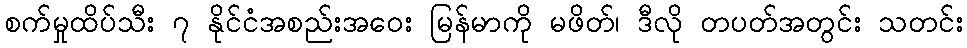
စက်မှုထိပ်သီး ၇ နိုင်ငံအစည်းအဝေး မြန်မာကို မဖိတ်၊ ဒီလို တပတ်အတွင်း သတင်း